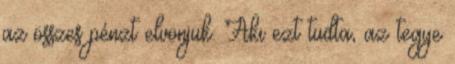
az összes pénzt elvonjuk. Aki ezt tudta, az tegye